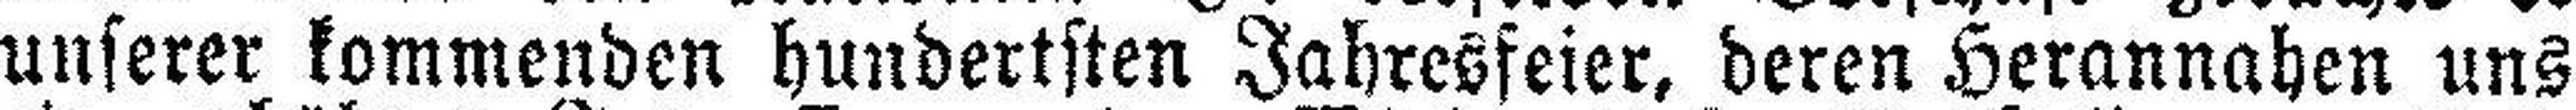
unserer kommenden hundertsten Jahresfeier, deren Herannahen uns